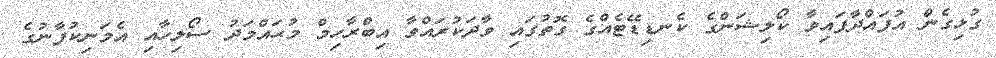
ގުޅިގެން އުފައްދާފައިވާ ކޯލިޝަންގެ ކެނޑިޑޭޓެއްގެ ގޮތުގައި ވާދަކުރައްވާ އިބްރާހިމް މުޙައްމަދު ސޯލިހާއި އެމަނިކުފާނުގެ